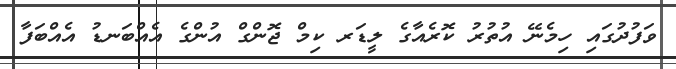
ވަފުދުގައި ހިމެނޭ އުތުރު ކޮރެއާގެ ލީޑަރ ކިމް ޖޮންގް އުންގެ އެއްބަނޑު އެއްބަފާ